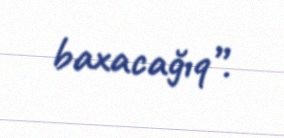
baxacağıq”.